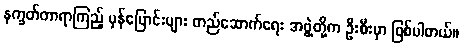
နက္ခတ်တာရာကြည့် မှန်ပြောင်းများ တည်ဆောက်ရေး အဖွဲ့တို့က ဦးစီးမှာ ဖြစ်ပါတယ်။